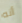
أنه